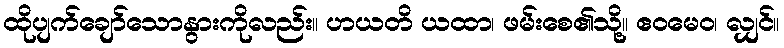
ထိုပျက်ချော်သောနွားကိုလည်း။ ဟယတိ ယထာ၊ ဖမ်းစေ၏သို့။ ဧဝမေဝ၊ လျှင်။